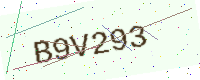
Text: B9V293